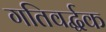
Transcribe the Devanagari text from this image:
गतिवर्द्धक